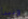
ونبدأ